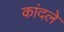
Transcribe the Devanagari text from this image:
कांदले